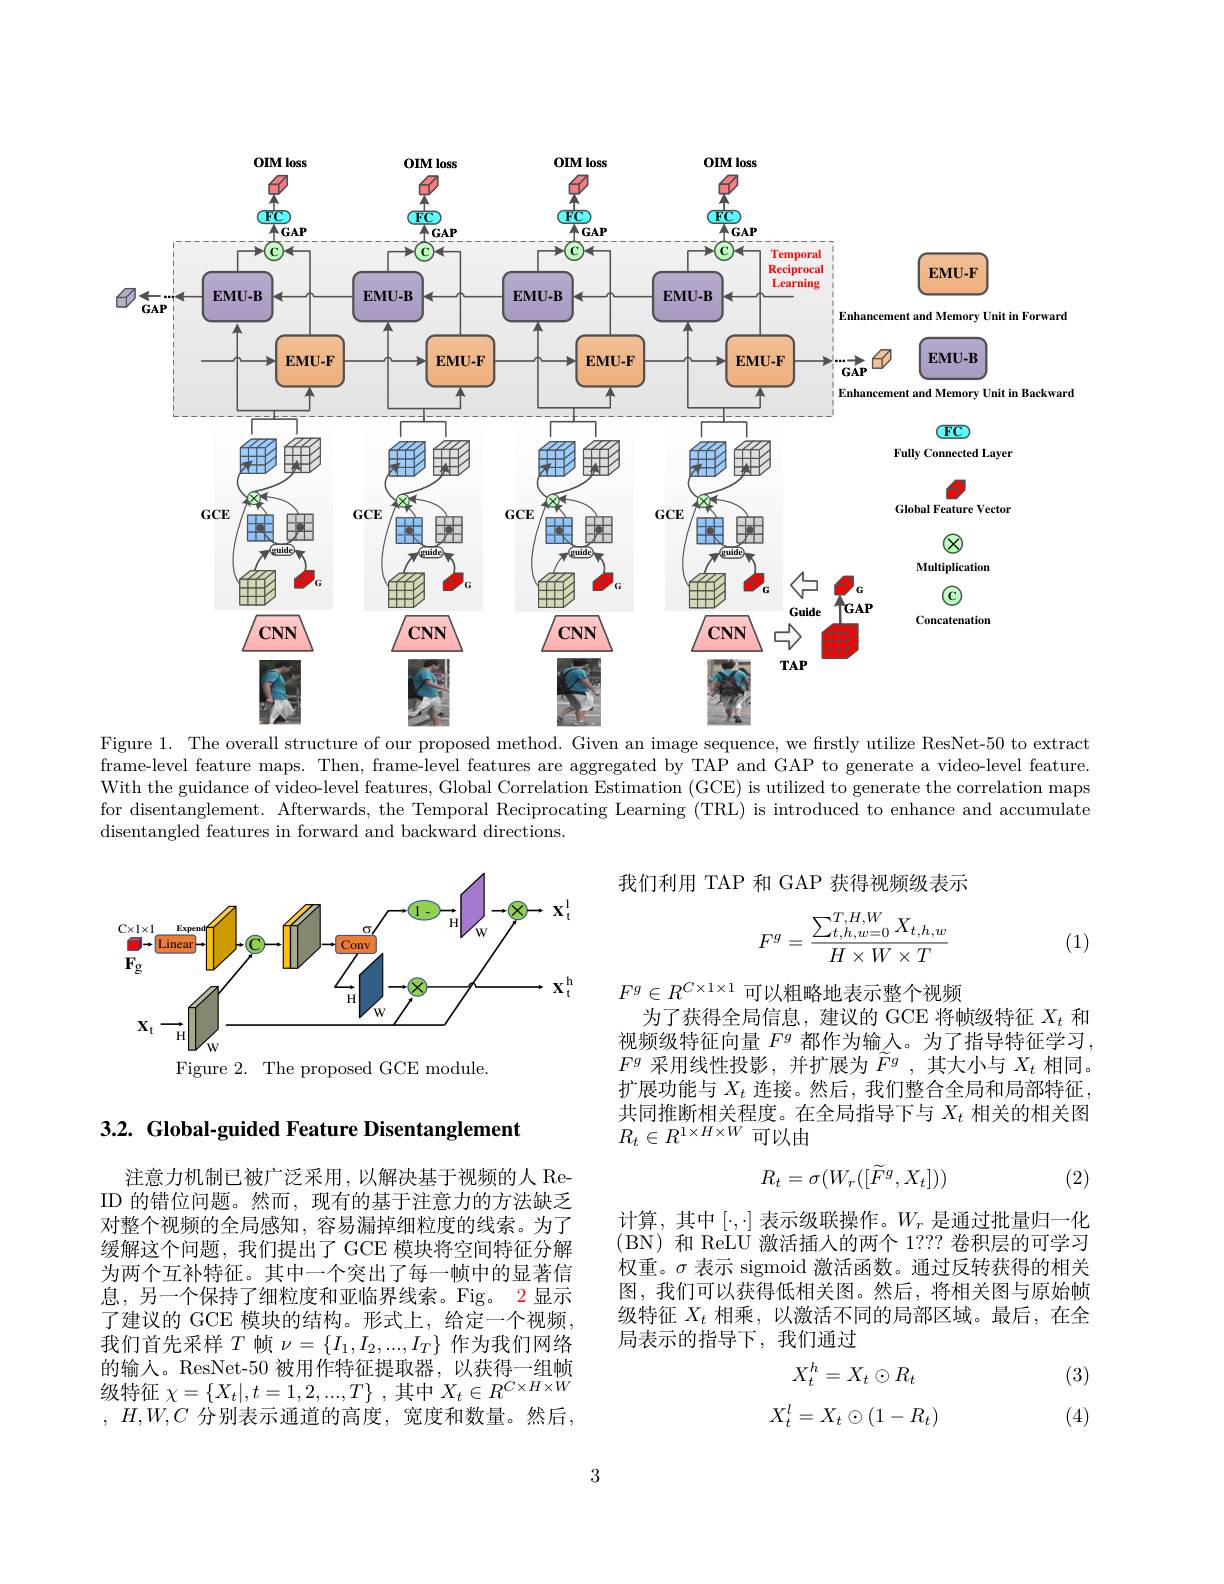
<FigureHere>
Figure 1. The overall structure of our proposed method. Given an image sequence, we firstly utilize ResNet-50 to extract

frame-level feature maps. Then, frame-level features are aggregated by TAP and GAP to generate a video-level feature. With the guidance of video-level features, Global Correlation Estimation (GCE) is utilized to generate the correlation maps for disentanglement. Afterwards, the Temporal Reciprocating Learning (TRL) is introduced to enhance and accumulate disentangled features in forward and backward directions

我们利用 TAP 和 GAP 获得视频级表示
$$F^g=\frac{\sum_{t,h,w=0}^{T,H,W}X_{t,h,w}}{H\times W\times T}$$
(1)

<FigureHere>

$F^g\in R^{C\times1\times1}$可以粗略地表示整个视频
为了获得全局信息，建议的 GCE 将帧级特征$X_t$和视频级特征向量$F^g$都作为输入。为了指导特征学习， $F^g$采用线性投影，并扩展为$\widetilde F^g$,其大小与$X_t$相同。扩展功能与$X_t$连接。然后，我们整合全局和局部特征， 共同推断相关程度。在全局指导下与$X_t$相关的相关图$R_{t}\in R^{1\times H\times W}$可以由

3.2. Global-guided Feature Disentanglement
$$R_t=\sigma(W_r([\widetilde{F}^g,X_t]))$$
(2)

计算，其中$[\cdot,\cdot]$ 表示级联操作。$W_r$ 是通过批量归一化(BN)和 ReLU 激活插入的两个 1??? 卷积层的可学习权重。$\sigma$表示 sigmoid 激活函数。通过反转获得的相关图，我们可以获得低相关图。然后，将相关图与原始帧级特征$X_t$相乘，以激活不同的局部区域。最后，在全局表示的指导下，我们通过
$$X_{t}^{h}=X_{t}\odot R_{t}\\X_{t}^{l}=X_{t}\odot(1-R_{t})$$
注意力机制已被广泛采用，以解决基于视频的人 ReID 的错位问题。然而，现有的基于注意力的方法缺乏对整个视频的全局感知，容易漏掉细粒度的线索。为了缓解这个问题，我们提出了 GCE 模块将空间特征分解为两个互补特征。其中一个突出了每一帧中的显著信息，另一个保持了细粒度和亚临界线索。Fig。2 显示了建议的 GCE 模块的结构。形式上，给定一个视频， 我们首先采样$T$帧$\nu=\{I_1,I_2,...,I_T\}$作为我们网络的输人。ResNet-50 被用作特征提取器，以获得一组帧级特征 $\chi=\left\{X_{t}|,t=1,2,...,T\right\}$,其中$X_t\in R^{C\times H\times W}$ , $H, W, C$ 分别表示通道的高度，宽度和数量。然后，

(3)

(4)

3